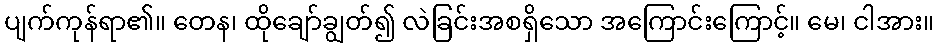
ပျက်ကုန်ရာ၏။ တေန၊ ထိုချော်ချွတ်၍ လဲခြင်းအစရှိသော အကြောင်းကြောင့်။ မေ၊ ငါအား။